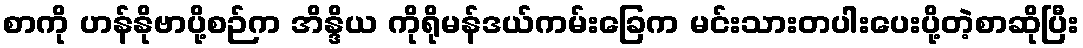
စာကို ဟန်နိုဗာပို့စဉ်က အိန္ဒိယ ကိုရိုမန်ဒယ်ကမ်းခြေက မင်းသားတပါးပေးပို့တဲ့စာဆိုပြီး